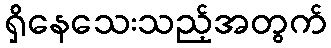
ရှိနေသေးသည့်အတွက်